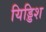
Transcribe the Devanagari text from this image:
यिड्डिश